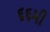
૬૬મી